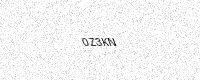
Text: 0Z3KN